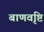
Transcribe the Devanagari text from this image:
बाणवृष्टि